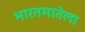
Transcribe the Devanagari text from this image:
भारतमातेला